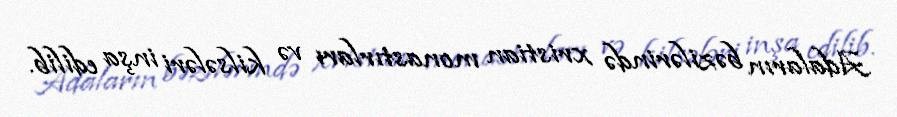
Adaların bəzilərində xristian monastırları və kilsələri inşa edilib.